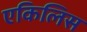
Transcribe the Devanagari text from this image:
एकिलिस